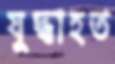
যুদ্ধাহত